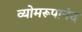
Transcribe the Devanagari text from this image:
व्योमरूपानंद